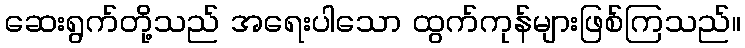
ဆေးရွက်တို့သည် အရေးပါသော ထွက်ကုန်များဖြစ်ကြသည်။